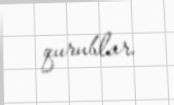
qurublar.